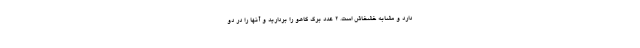
دارد و مشابه خشخاش است. 2 عدد برگ کاهو را بردارید و آنها را در دو